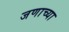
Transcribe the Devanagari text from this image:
जणाच्या